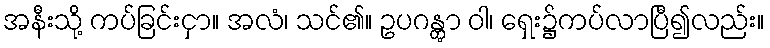
အနီးသို့ ကပ်ခြင်းငှာ။ အလံ၊ သင်၏။ ဥပဂန္တွာ ဝါ၊ ရှေး၌ကပ်လာပြီ၍လည်း။